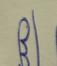
Signature authenticity: genuine